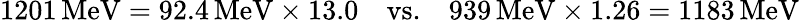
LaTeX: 1201\, \mathrm{MeV}=92.4\, \mathrm{MeV}\times 13.0\quad\mathrm{vs.}\quad 939\, \mathrm{MeV}\times 1.26=1183\, \mathrm{MeV}